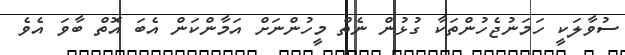
ސުވާލަކީ ހަމަނުޖެހުންތަކާ ގުޅުން ނެތް މީހުންނަށް އަމާންކަން އެބަ އޮތް ބާވަ އެވެ